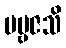
ပဗ္ဗဇသိ